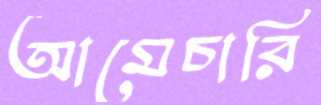
আমেচারি